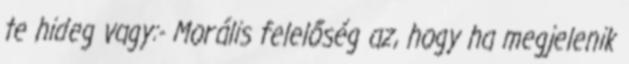
te hideg vagy:- Morális felelőség az, hogy ha megjelenik